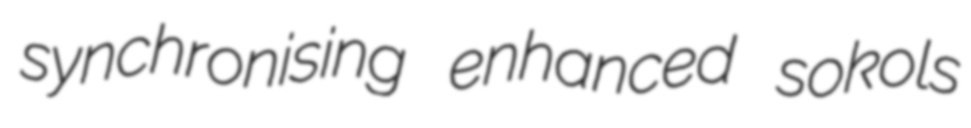
synchronising enhanced sokols